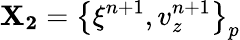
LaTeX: \mathbf{X_{2}}=\left\{ \xi^{n+1},v_{z}^{n+1}\right\} _{p}